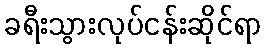
ခရီးသွားလုပ်ငန်းဆိုင်ရာ